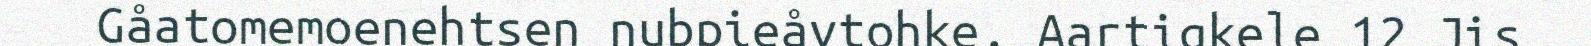
Gåatomemoenehtsen nubpieåvtohke. Aartigkele 12 Jis